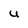
Character: U